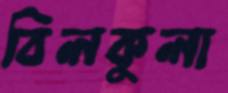
বিলকুলা